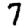
Digit: 7